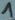
Text: 1